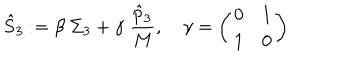
\hat { S } _ { 3 } : = \beta \; \Sigma _ { 3 } + \gamma \; { \frac { \hat { p } _ { 3 } } { M } } , \quad \gamma = \left( \begin{matrix} { { 0 } } & { { 1 } } \\ { { 1 } } & { { 0 } } \\ \end{matrix} \right)